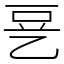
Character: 㐙